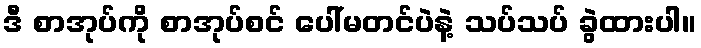
ဒီ စာအုပ်ကို စာအုပ်စင် ပေါ်မတင်ပဲနဲ့ သပ်သပ် ခွဲထားပါ။